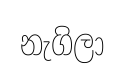
නැගිලා